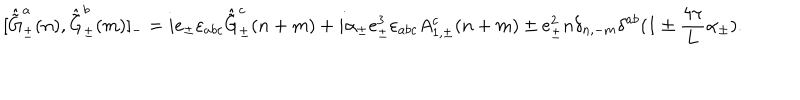
LaTeX: [ \hat { \tilde { \mathrm { G } } } _ { \pm } ^ { a } ( n ) , \hat { \tilde { \mathrm { G } } } _ { \pm } ^ { b } ( m ) ] _ { - } = i e _ { \pm } \varepsilon _ { a b c } \hat { \tilde { \mathrm { G } } } _ { \pm } ^ { c } ( n + m ) + i { \alpha } _ { \pm } e _ { \pm } ^ { 3 } \varepsilon _ { a b c } A _ { 1 , \pm } ^ { c } ( n + m ) \pm e _ { \pm } ^ { 2 } n \delta _ { n , - m } \delta ^ { a b } ( 1 \pm \frac { 4 \pi } { 4 \pi } { L } \alpha _ { \pm } ) .